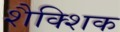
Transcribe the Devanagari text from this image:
शैक्शिक